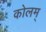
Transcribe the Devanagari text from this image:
कोलम्